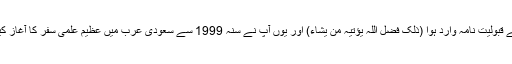
اسی دوران سر زمین سعودی عرب سے ریاض کی عالمی شہرت یافتہ کنگ سعود یونیورسٹی سے آپ کے لئے قبولیت نامہ وارد ہوا (ذلک فضل اللہ یؤتیہ من یشاء) اور یوں آپ نے سنہ 1999 سے سعودی عرب میں عظیم علمی سفر کا آغاز کیا اور سنہ 2001 میں اسی یونیورسٹی سے شہادۃ الکفایۃ في اللغۃ العربیۃ ممتاز(A+ )گریڈ سے حاصل کی۔